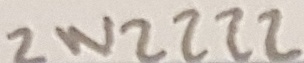
Text: 2N2222